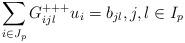
LaTeX: \begin{align*} \sum_{i \in J_p} G_{ijl}^{+++} u_i =b_{jl}, j, l \in I_p\end{align*}